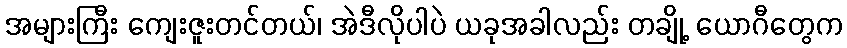
အများကြီး ကျေးဇူးတင်တယ်၊ အဲဒီလိုပါပဲ ယခုအခါလည်း တချို့ ယောဂီတွေက